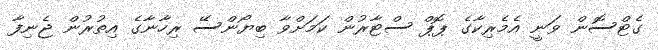
ގެޓްސޮން ވަނީ އެމެރިކާގެ ޕޮޕް ސްޓާރުން ކަމަށްވާ ބިޔޯންސޭ ރިހާނާގެ އިތުރުން ޖެނިފާ